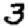
Digit: 3